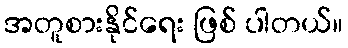
အတူစားနိုင်ရေး ဖြစ် ပါတယ်။